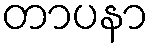
တာပနာ